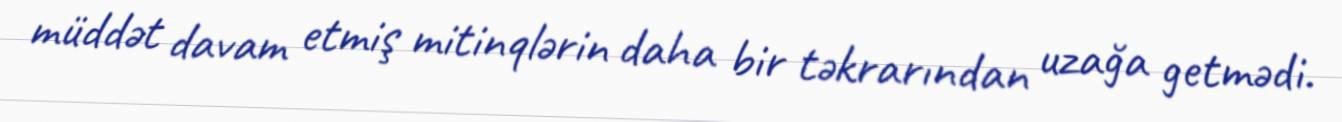
müddət davam etmiş mitinqlərin daha bir təkrarından uzağa getmədi.